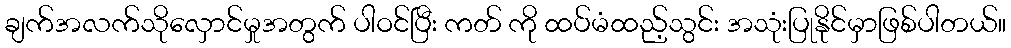
ချက်အလက်သိုလှောင်မှုအတွက် ပါဝင်ပြီး ကတ် ကို ထပ်မံထည့်သွင်း အသုံးပြုနိုင်မှာဖြစ်ပါတယ်။